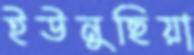
ইউনুছিয়া